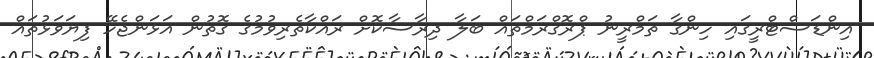
އިންޑަސްޓްރީގައި ހިންގާ ތަމްރީނު ޕްރޮގްރަމްތައް ބަލާ ދިރާސާކޮށް ރައްކާތެރިވުމުގެ ގޮތުން އަޅަންޖެހޭ ފިޔަވަޅުތައް